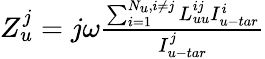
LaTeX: \begin{array}{r}{Z_{u}^{j}=j\omega\frac{{\sum_{i=1}^{{N_{u}},i\ne j}{L_{uu}^{ij}I_{u-tar}^{i}}}}{{I_{u-tar}^{j}}}}\end{array}